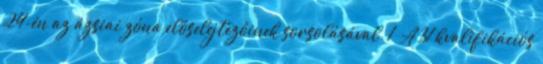
24-én az ázsiai zóna előselejtezőinek sorsolásával. 1 A 31 kvalifikációs